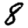
Digit: 8